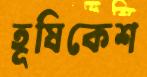
হূষিকেশ